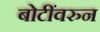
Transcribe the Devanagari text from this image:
बोटींवरुन